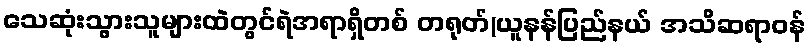
သေဆုံးသွားသူများထဲတွင်ရဲအရာရှိတစ် တရုတ်(ယူနန်ပြည်နယ် အသိဆရာဝန်